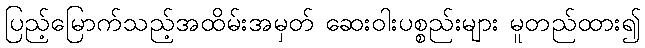
ပြည့်မြောက်သည့်အထိမ်းအမှတ် ဆေးဝါးပစ္စည်းများ မူတည်ထား၍